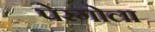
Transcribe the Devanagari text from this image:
पेरगोला